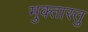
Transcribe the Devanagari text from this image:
मुक्तास्तु